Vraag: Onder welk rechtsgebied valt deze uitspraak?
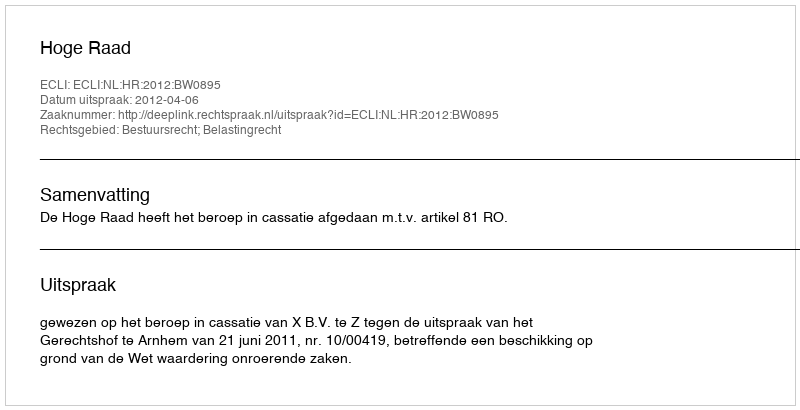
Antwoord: Bestuursrecht; Belastingrecht